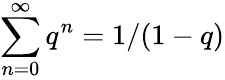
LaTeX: \sum_{n=0}^{\infty}q^{n}=1/(1-q)